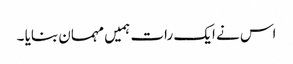
اس نے ایک رات ہمیں مہمان بنایا ۔